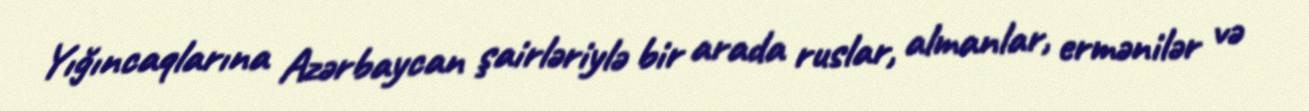
Yığıncaqlarına Azərbaycan şairləriylə bir arada ruslar, almanlar, ermənilər və